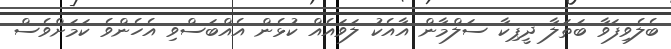
ބެލެވިފަވާ ބަތަލާ ދީޕިކާ ސަލްމާން އާއެކު ލަވައެއް ކުޅެން އެއްބަސްވި އެހެންވެ ކަމަށްވެސް